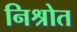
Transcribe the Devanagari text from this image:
निश्रोत